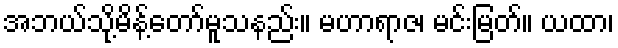
အဘယ်သို့မိန့်တော်မူသနည်း။ မဟာရာဇ၊ မင်းမြတ်။ ယထာ၊